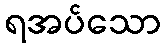
ရအပ်သော